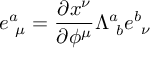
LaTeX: e _ { ~ \mu } ^ { a } = { \frac { \partial x ^ { \nu } } { \partial \phi ^ { \mu } } } \Lambda _ { ~ b } ^ { a } e _ { ~ \nu } ^ { b }